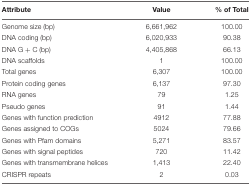
| Attribute | Value | % of Total |
 | --- | --- | --- |
 | Genome size (bp) | 6,661,962 | 100.00 |
 | DNA coding (bp) | 6,020,933 | 90.38 |
 | DNA G + C (bp) | 4,405,868 | 66.13 |
 | DNA scaffolds | 1 | 100.00 |
 | Total genes | 6,307 | 100.00 |
 | Protein coding genes | 6,137 | 97.30 |
 | RNA genes | 79 | 1.25 |
 | Pseudo genes | 91 | 1.44 |
 | Genes with function prediction | 4912 | 77.88 |
 | Genes assigned to COGs | 5024 | 79.66 |
 | Genes with Pfam domains | 5,271 | 83.57 |
 | Genes with signal peptides | 720 | 11.42 |
 | Genes with transmembrane helices | 1,413 | 22.40 |
 | CRISPR repeats | 2 | 0.03 |